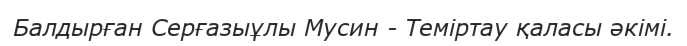
Балдырған Серғазыұлы Мусин - Теміртау қаласы әкімі.